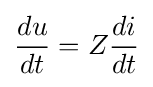
{\frac {du}{dt}}=Z{di \over dt}